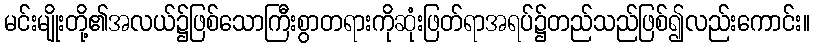
မင်းမျိုးတို့၏အလယ်၌ဖြစ်သောကြီးစွာတရားကိုဆုံးဖြတ်ရာအရပ်၌တည်သည်ဖြစ်၍လည်းကောင်း။